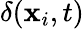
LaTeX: \delta(\mathbf{x}_{i},t)